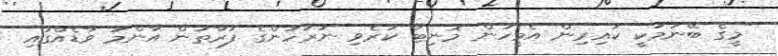
"މީގެ ބޭނުމަކީ ކައިރިން އެމީހުން މޮނިޓާ ކުރެވި ނަރުހުންގެ ފަރާތުން އާންމު ވާޑެއްގައި